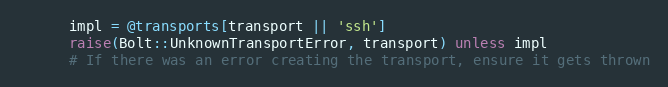
Language: Ruby
      impl = @transports[transport || 'ssh']
      raise(Bolt::UnknownTransportError, transport) unless impl
      # If there was an error creating the transport, ensure it gets thrown